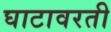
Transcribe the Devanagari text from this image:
घाटावरती